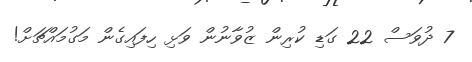
7 ދުވަސް 22 ގަޑި ކުރިން ޒުވާނުން ވަޅި ހިފައިގެން މަގުމައްޗަށް!